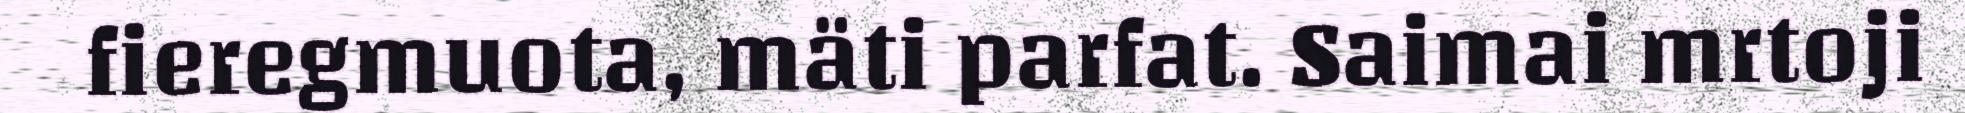
fieregmuota, mäti parfat. Saimai mrtoji